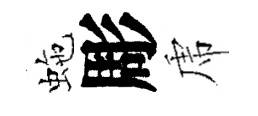
虵彫虎